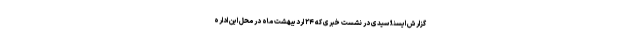
گزارش ایسنا؛ سیدی در نشست خبری که ۲۴ اردیبهشت ماه در محل این اداره